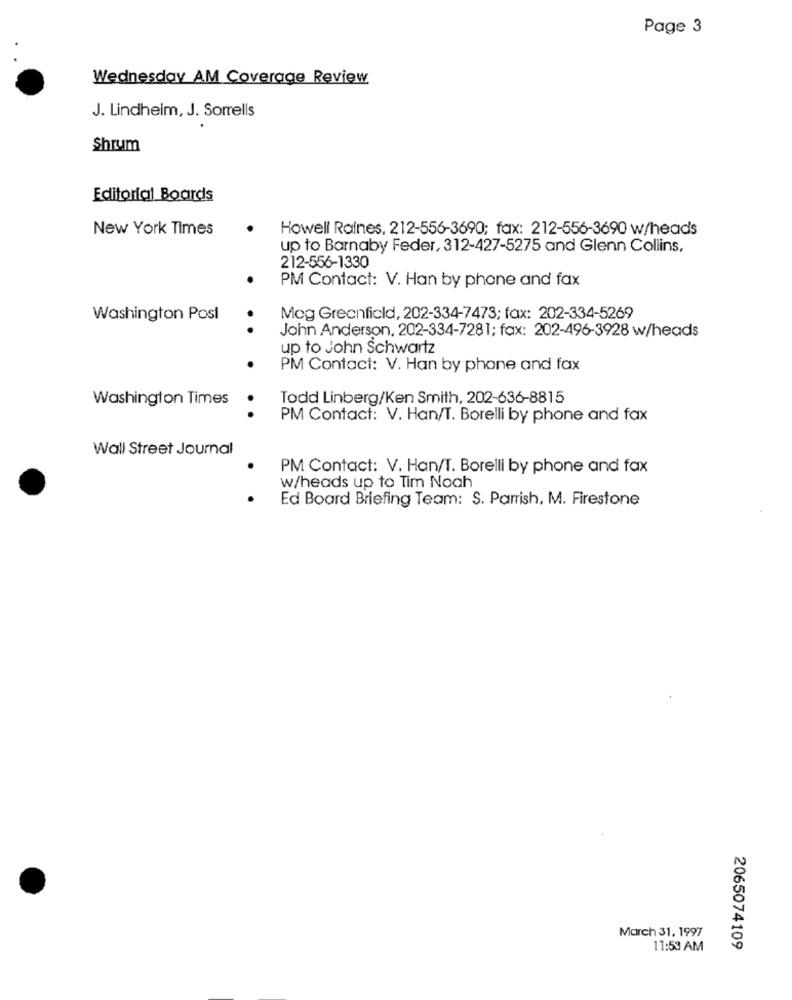
Page 3
Wednesday AM Coverage Review
J. Lindheim, J. Sorrells
Shrum
Editorial Boards
New York Times
Howell Raines, 212-556-3690; fax: 212-556-3690 w/heads
up to Barnaby Feder, 312-427-5275 and Glenn Collins,
212-556-1330
PM Contact: V. Han by phone and fax
Washington Post
.
Meg Greenfield, 202-334-7473; fax: 202-334-5269
John Anderson, 202-334-7281; fax: 202-496-3928 w/heads
up to John Schwartz
PM Contact: V. Han by phone and fax
Washington Times
Todd Linberg/Ken Smith, 202-636-8815
..
PM Contact: V. Han/T. Borelli by phone and fax
Wall Street Journal
PM Contact: V. Han/T. Borelli by phone and fax
w/heads up to Tim Noah
Ed Board Briefing Team: S. Parrish, M. Firestone
March 31, 1997
11:53 AM
2065074109